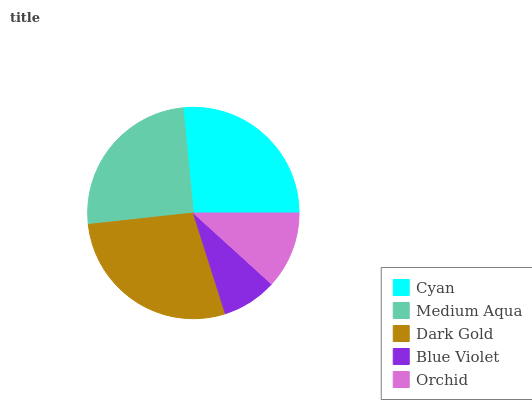
| Cyan | Medium Aqua | Dark Gold | Blue Violet | Orchid |
 | --- | --- | --- | --- | --- |
 | 26.6% | 25.1% | 28.2% | 8.36% | 11.7% |